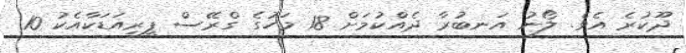
ދޫކުރެ އެވެ. ލޯނު އަނބުރާ ދެއްކުމަށް 18 މަހުގެ ގްރޭސް ޕީރިއަޑަކާއެކު 10